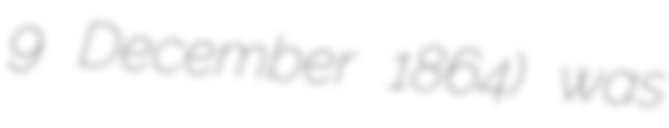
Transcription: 9 December 1864) was